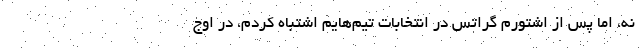
نه، اما پس از اشتورم گراتس در انتخابات تيم‌هايم اشتباه كردم، در اوج